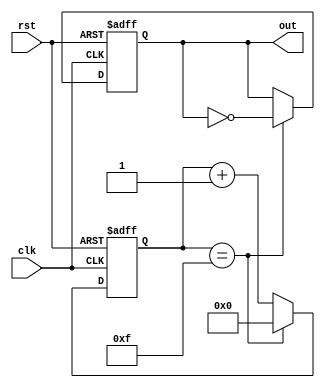
module johnton_counter(
    input clk,
    input rst,
    output reg out
);

reg [3:0] count;

always @(posedge clk or posedge rst) begin
    if (rst) begin
        count <= 4'b0000;
        out <= 1'b0;
    end else begin
        if (count == 4'b1111) begin
            count <= 4'b0000;
            out <= ~out;
        end else begin
            count <= count + 1;
        end
    end
end

endmodule